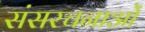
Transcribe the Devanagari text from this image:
संसरचनाओं